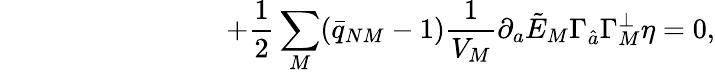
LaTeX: \qquad\qquad\qquad\qquad+{\frac{1}{2}}\sum_{M}(\bar{q}_{NM}-1){\frac{1}{V_{M}}}\partial_{a}\tilde{E}_{M}\Gamma_{\hat{a}}\Gamma_{M}^{\perp}\eta=0,